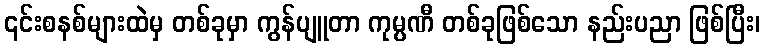
၎င်းစနစ်များထဲမှ တစ်ခုမှာ ကွန်ပျူတာ ကုမ္ပဏီ တစ်ခုဖြစ်သော နည်းပညာ ဖြစ်ပြီး၊